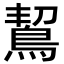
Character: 𪀡